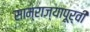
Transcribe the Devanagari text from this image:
साम्राज्यापूर्वी